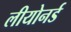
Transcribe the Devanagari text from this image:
लीयोनर्ड